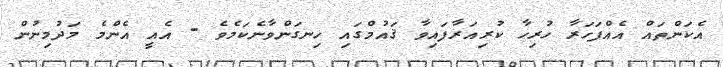
އެކަންތައް އެއްފަހަރާ ހުރިހާ ކުރިއަރާފައިވާ ޤައުމްގައި ހިނގަންވާނެކަމެވެ - އެއީ އެންމެ މަދުމިނުން